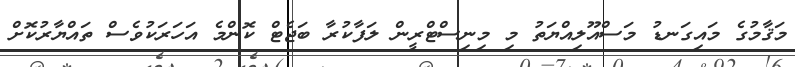
މަޤާމުގެ މައިގަނޑު މަސްއޫލިއްޔަތު މި މިނިސްޓްރީން ލަފާކުރާ ބަޖެޓް ކޮންމެ އަހަރަކުވެސް ތައްޔާރުކޮށް